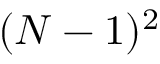
( N - 1 ) ^ { 2 }